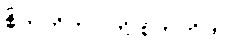
စိတ်တိုတာ ကို စိတ်တိုတာ။